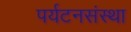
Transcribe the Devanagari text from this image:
पर्यटनसंस्था